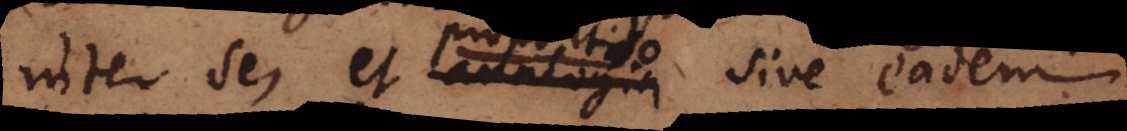
inter se, et sive eadem